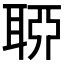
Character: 𦖂